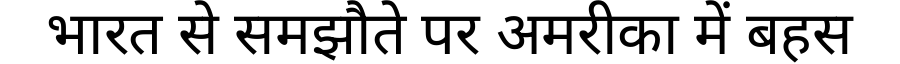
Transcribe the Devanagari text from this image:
भारत से समझौते पर अमरीका में बहस